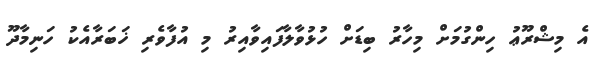
އެ މިޝްރޫޢު ހިންގުމަށް މިހާރު ބިޑަށް ހުޅުވާލާފައިވާއިރު މި އުފާވެރި ޚަބަރާއެކު ހަނިމާދޫ